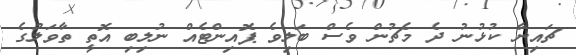
ޗައިނާ ކުޅުނު ދެ މެޗުން ވެސް ބަލިވެ ޕޮއިންޓެއް ނުލިބި އޮތީ ތާވަލުގެ